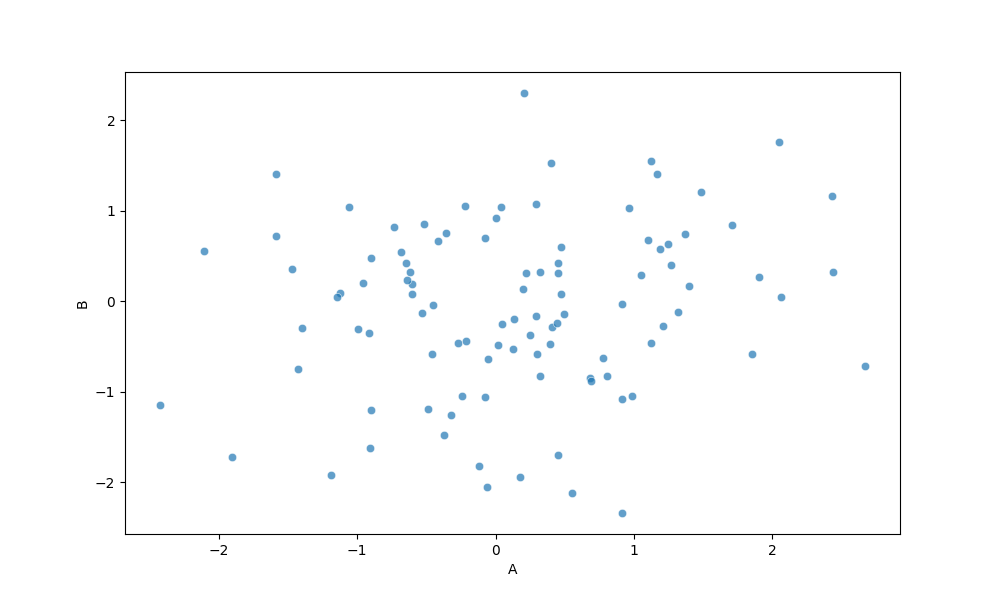
python, seaborn, scatterplot, hue='None', style='None', size='None', palette='deep', alpha=0.7